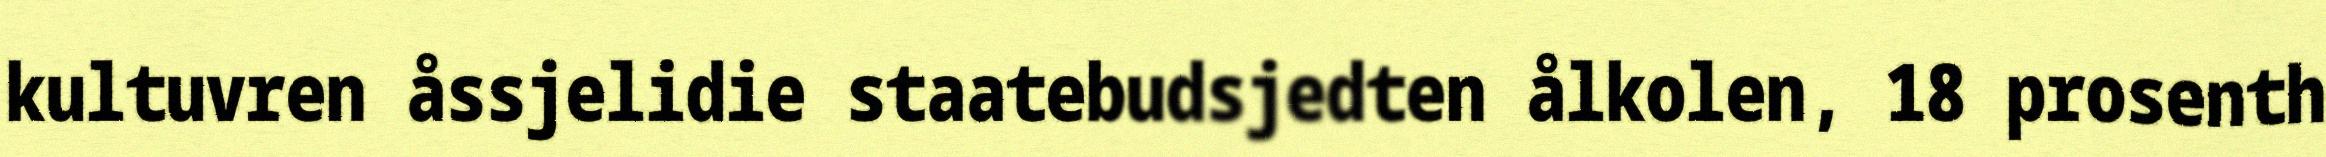
kultuvren åssjelidie staatebudsjedten ålkolen, 18 prosenth